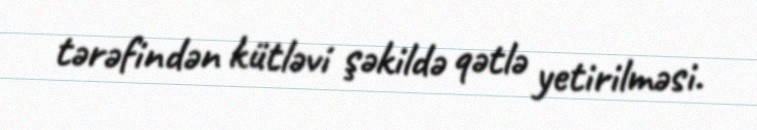
tərəfindən kütləvi şəkildə qətlə yetirilməsi.